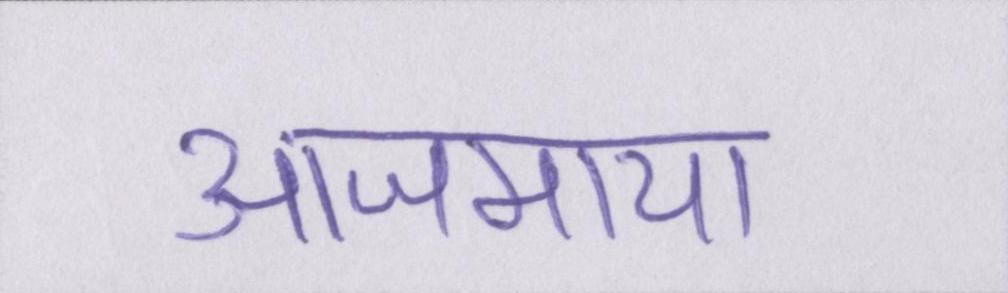
आजमाया